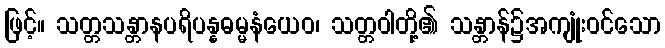
ဖြင့်။ သတ္တသန္တာနပရိပန္နဓမ္မနံယေဝ၊ သတ္တဝါတို့၏ သန္တာန်၌အကျုံးဝင်သော